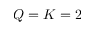
Q = K = 2